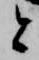
と